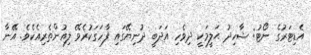
އެޑިޓަރުގެ ނޯޓު: ޝާހިދު ޙަލީމަކީ ދިވެހި އަދަބީ ދުނިޔޭގައި ފާހަގަކުރެވޭ ލިއުންތެރިއެކެވެ. އޭނާ